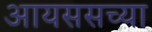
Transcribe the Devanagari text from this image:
आयससच्या